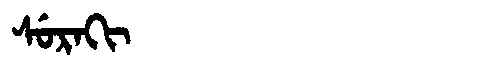
Manchu: ᠰᡠᡵᠠᡴᡳ
Romanization: SURAKI